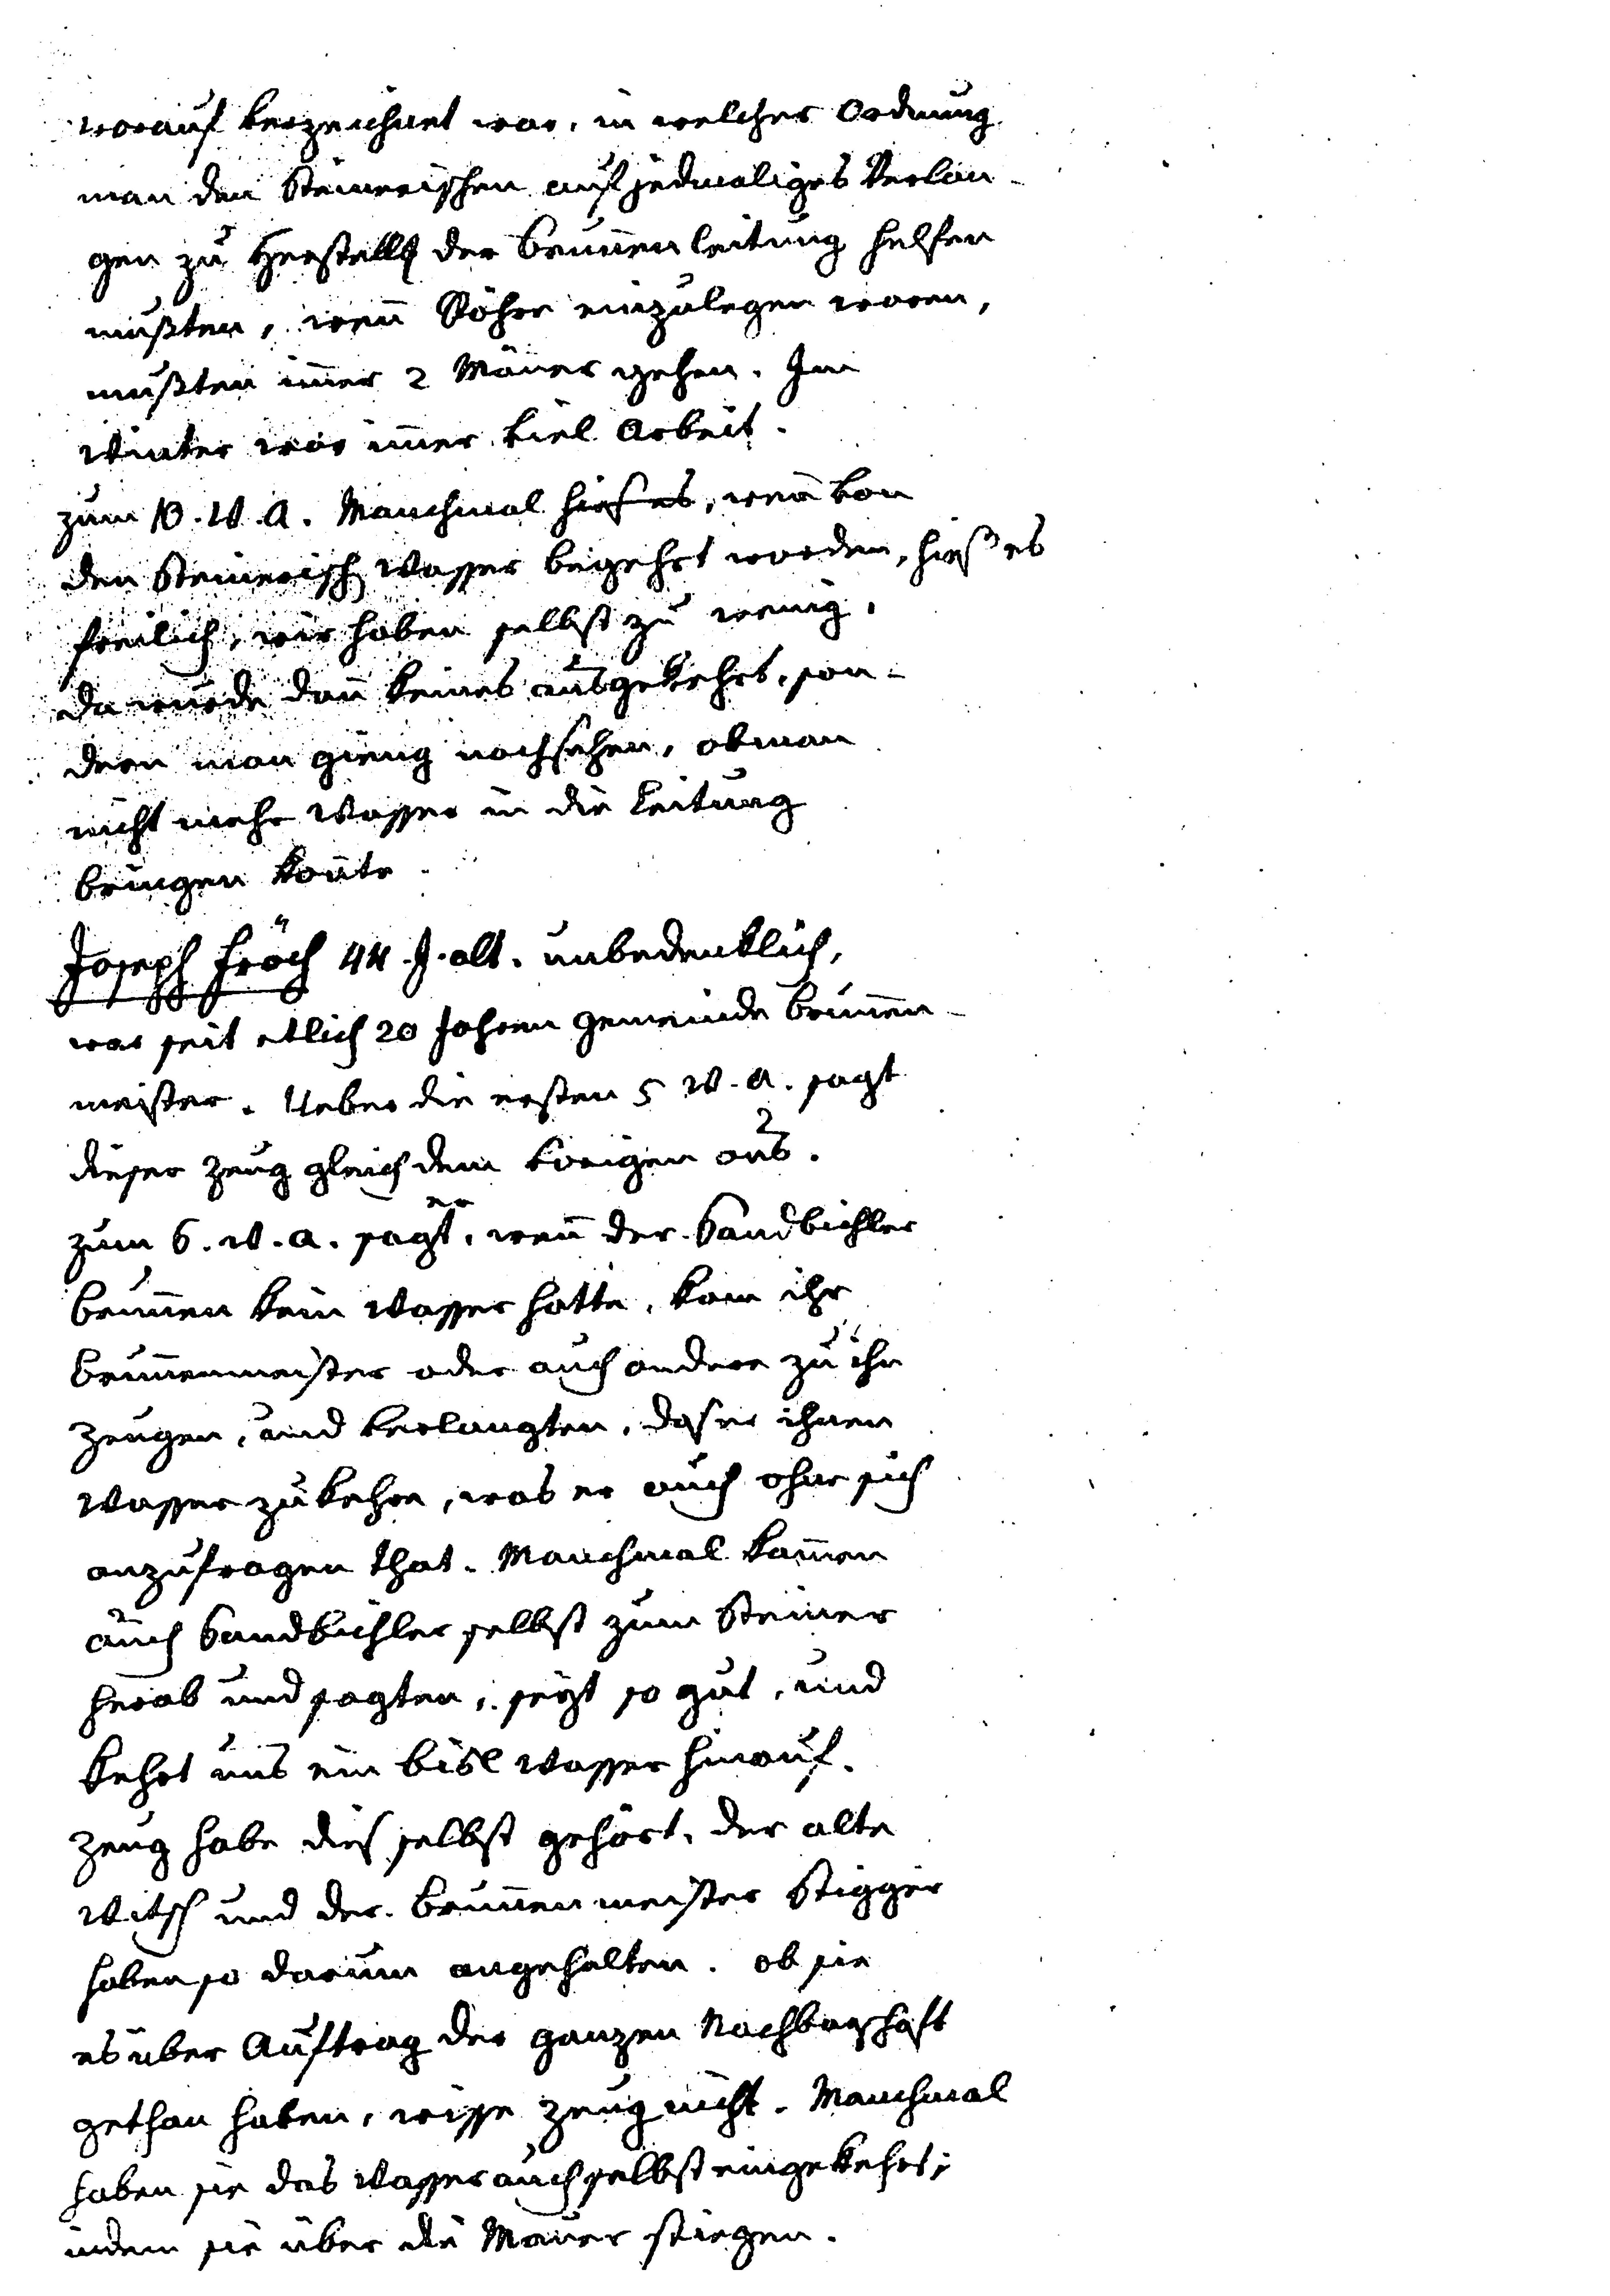
worauf verzeichnet war, in welcher Ordnung
man den Steinerischen auf jedmaliges Verlan¬
gen zu Herstell der Brunnenleitung helfen
mußten, wenn Rohre einzulegen waren,
mußten immer 2 Männer gehen. Im
Winter war immer viel Arbeit.
Zum 13. w. a. Manchmal hieß es, wenn von
den Steinerisch Wasser begehrt worden, hieß es
freilich, wir haben selbst zu wenig,
Da wurde dann keines ausgekehrt, son¬
dern man gieng nachsehen, obman
nicht mehr Wasser in die Leitung
bringen könnte.
Joseph Fröch 44 J. alt, unbedenklich,
war seit etlich 20 Jahren Gemeinde Brunnen¬
meister. Ueber die ersten 5 w. a. sagt
dieser Zeug gleich dem vorigen aus.
Zum 6. w. a. sagt er, wenn der Sandbichler
Brunnen kein Wasser hatte, kam ihr
Brunnenmeister oder auch andere zu ihn
Zeugen, und verlangte, daß er ihnen
Wasser zukehre, was er auch ohne sich
anzufragen that. Manchmal kammen
auch Sandbichler selbst zum Steiner
herab und sagten, seyt so gut, und
kehrt uns ein bisl Wasser hinauf.
Zeug habe das selbst gehört. Der alte
Witsch und der Brunnenmeister Stigger
haben so darum angehalten. Ob sie
es über Auftrag der ganzen Nachbarschaft
getan haben, wisse Zeug nicht. Manchmal
haben sie das Wasser auch selbst eingekehrt,
indem sie über die Mauer stiegen.